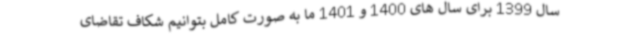
سال 1399 برای سال های 1400 و 1401 ما به صورت کامل بتوانیم شکاف تقاضای